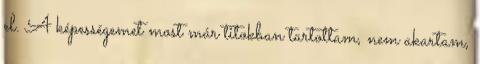
el. A képességemet most már titokban tartottam, nem akartam,